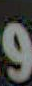
و